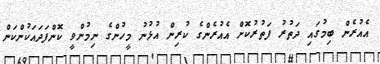
އެއުރެން ބިމުގައި ދަތުރު ފަތުރުކޮށް އެއުރެންގެ ކުރިން އުޅުނު މީހުންގެ ނިމުންވީ ކޮންފަދައަކުންކަން